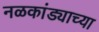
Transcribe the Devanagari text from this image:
नळकांड्याच्या